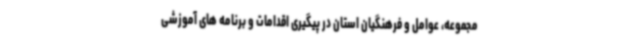
مجموعه، عوامل و فرهنگیان استان در پیگیری اقدامات و برنامه های آموزشی